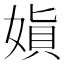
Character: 𫱇